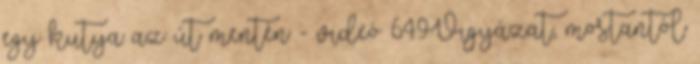
egy kutya az út mentén - videó 649Vigyázat, mostantól